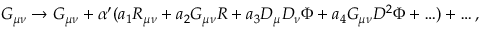
G _ { \mu \nu } \rightarrow G _ { \mu \nu } + \alpha ^ { \prime } ( a _ { 1 } R _ { \mu \nu } + a _ { 2 } G _ { \mu \nu } R + a _ { 3 } D _ { \mu } D _ { \nu } \Phi + a _ { 4 } G _ { \mu \nu } D ^ { 2 } \Phi + \ldots ) + \ldots , \,